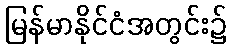
မြန်မာနိုင်ငံအတွင်း၌